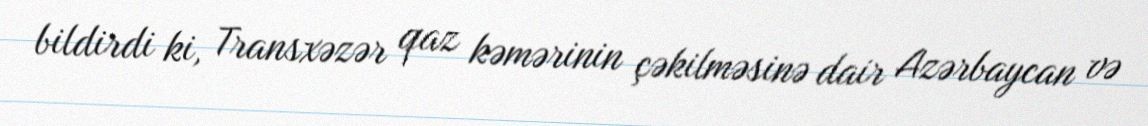
bildirdi ki, Transxəzər qaz kəmərinin çəkilməsinə dair Azərbaycan və